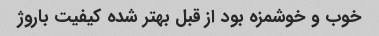
خوب و خوشمزه بود از قبل بهتر شده کیفیت باروژ